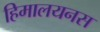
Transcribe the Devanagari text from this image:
हिमालयनस